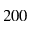
2 0 0